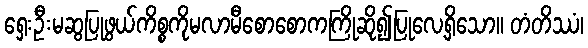
ရှေးဦးမဆွပြုဖွယ်ကိစ္စကိုမလာမီစောစောကကြိုဆို၍ပြုလေ့ရှိသော။ တံတိဿံ၊